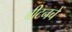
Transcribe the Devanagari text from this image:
बीटनचे